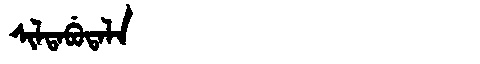
Manchu: ᠰᡳᠯᡨᠠᠪᡠᡨᠠᠯᠠ
Romanization: SILTABUTALA